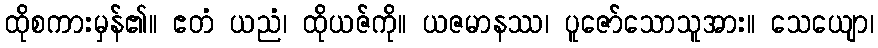
ထိုစကားမှန်၏။ ဧတံ ယညံ၊ ထိုယဇ်ကို။ ယဇမာနဿ၊ ပူဇော်သောသူအား။ သေယျော၊